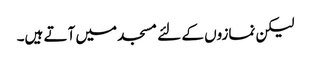
لیکن نمازوں کے لئے مسجد میں آتے ہیں۔